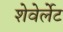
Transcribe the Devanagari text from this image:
शेवेर्लेट